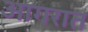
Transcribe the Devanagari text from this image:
आगरात